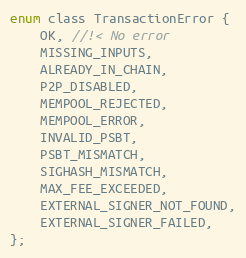
Language: C
enum class TransactionError {
    OK, //!< No error
    MISSING_INPUTS,
    ALREADY_IN_CHAIN,
    P2P_DISABLED,
    MEMPOOL_REJECTED,
    MEMPOOL_ERROR,
    INVALID_PSBT,
    PSBT_MISMATCH,
    SIGHASH_MISMATCH,
    MAX_FEE_EXCEEDED,
    EXTERNAL_SIGNER_NOT_FOUND,
    EXTERNAL_SIGNER_FAILED,
};